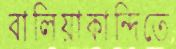
বালিয়াকান্দিতে